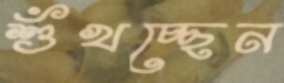
শুঁখচ্ছেন